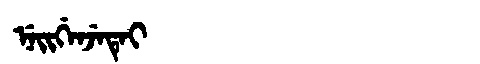
Manchu: ᠨᡝᡳᡤᡝᠨᠵᡝᡨᡝᡳ
Romanization: NEIGENJETEI